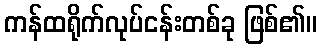
ကန်ထရိုက်လုပ်ငန်းတစ်ခု ဖြစ်၏။